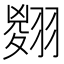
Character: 𦑨